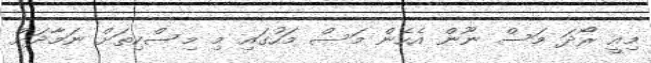
މިއީ ރޯދަ މަސް ނޫން އެހެން މަސް މަހުގައި މި މިސްކިތަށް ނަމާދަށް